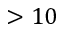
> 1 0